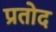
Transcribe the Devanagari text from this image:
प्रतोद